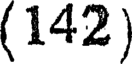
(142)